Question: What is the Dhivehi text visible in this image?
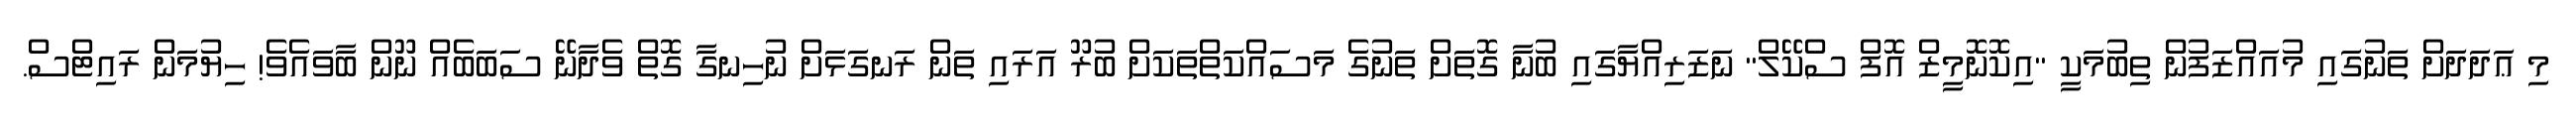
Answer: މި ޢަދަދަށް ތަނުގައި މުއައްޒަފުން ތިބުމަކީ "އިކޮނޮމީޒް އޮފް ސްކޭލް" ނަޒަރިއްޔާގައި ބުނާ ގޮތަށް ތަނުގެ މަސައްކަތްތަކަށް ބުރޫ އަރައި ތަން ރަނގަޅަށް ނުހިނގާ ގޮތް ވެދާނޭ ސަބަބެއް ނޫން ބާވައެވެ! ހިޔުމަން ރައިޓްސް.